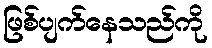
ဖြစ်ပျက်နေသည်ကို